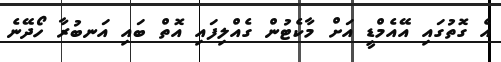
އެ ގޮތުގައި އޭއެމްޑީ އަށް މާކެޓުން ގެއްލިފައި އޮތް ބައި އަނބުރާ ހޯދޭނެ